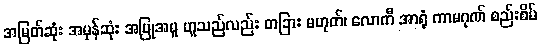
အမြတ်ဆုံး အမှန်ဆုံး အပြုအမူ ဟူသည်လည်း တခြား မဟုတ်၊ လောကီ အာရုံ ကာမဂုဏ် စည်းစိမ်